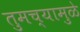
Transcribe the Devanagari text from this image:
तुमच्यामुळे